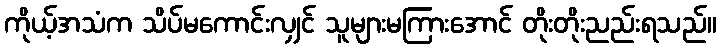
ကိုယ့်အသံက သိပ်မကောင်းလျှင် သူများမကြားအောင် တိုးတိုးညည်းရသည်။